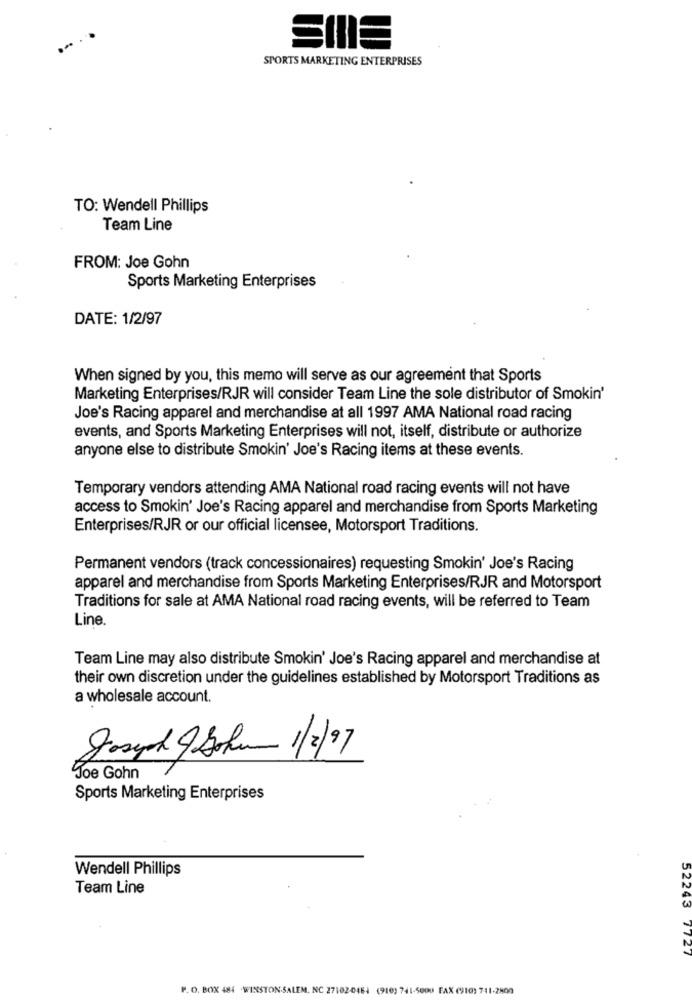
SIE
SPORTS MARKETING ENTERPRISES
TO: Wendell Phillips
Team Line
FROM: Joe Gohn
Sports Marketing Enterprises
DATE: 1/2/97
When signed by you, this memo will serve as our agreement that Sports
Marketing Enterprises/RJR will consider Team Line the sole distributor of Smokin'
Joe's Racing apparel and merchandise at all 1997 AMA National road racing
events, and Sports Marketing Enterprises will not, itself, distribute or authorize
anyone else to distribute Smokin' Joe's Racing items at these events.
Temporary vendors attending AMA National road racing events will not have
access to Smokin' Joe's Racing apparel and merchandise from Sports Marketing
Enterprises/RJR or our official licensee, Motorsport Traditions.
Permanent vendors (track concessionaires) requesting Smokin' Joe's Racing
apparel and merchandise from Sports Marketing Enterprises/RJR and Motorsport
Traditions for sale at AMA National road racing events, will be referred to Team
Line.
Team Line may also distribute Smokin' Joe's Racing apparel and merchandise at
their own discretion under the guidelines established by Motorsport Traditions as
a wholesale account.
Joseph & Sohn 1/2/97
Joe Gohn
Sports Marketing Enterprises
Wendell Phillips
Team Line
52243 7727
P. O. BOX 484 .WINSTON-SALEM, NC 27102-0464 (910) 741-5000 FAX (910) 741-2800